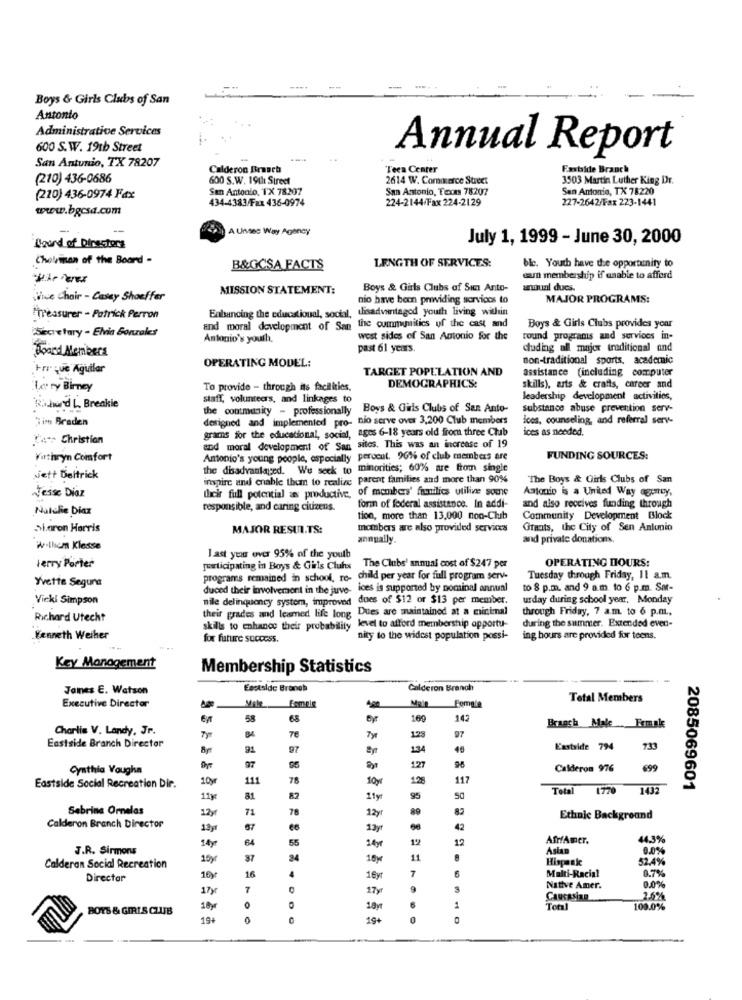
Boys & Girls Clubs of San
Antonto
Administrative Services
600 S.W. 19th Street
Annual Report
San Antonio, TX 78207
Calderon Brauchs
Teen Center
Faxbide Branch
(210) 436-0686
600 S.W. 19th Street
2614 W. Commerce Street
3503 Martin Luther King Dr.
San Antonio, TX 78207
San Antonio, Texas 78207
San Antonio, TX 78220
(220) 436-0974 Fax
434-4383/Fax 436-0974
224-2144/Fax 224-2129
227-2642/Fax 223-1441
www.bgcsa.com
A Unsec Way Agoney
July 1, 1999 - June 30, 2000
Board of Directors
Chelvinen of the Board -
ble. Youth have the opportunity to
B&GCSA FACTS
LENGTH OF SERVICES:
sam membership if unable to afford
MISSION STATEMENT:
Boys & Girls Clubs of Sum Anto-
annual ducs.
Vice Chair - Casay Shoeffer
nio have been providing services to
MAJOR PROGRAMS:
Enhancing the educational, social, disadvantaged youth living within
"Treasurer - Patrick Perron
and moral development of San the communities of the cast and
Boys & Girls Clubs provides your
[Secretary - Elvia Gonzales
Antonio's yourh.
west sides of San Antonio for the
round programs and services in-
Board Members
past 61 years.
cluding all major traditional and
non-traditional sports, academic
Fre que Aguilar
OPERATING MODEL:
TARGET POPULATION AND
assistance (including computer
Le ry Birney
To provide - through its facilities,
DEMOGRAPHICS:
skills), arts & crafts, career and
staff, volunteers, and linkages to
leadership development activities,
Richard L. Breakie
the contmusity - professionally Boys & Girls Clubs of San Anto-
substance abuse prevention serv-
Jim Braden
designed and implemented pro- nio serve over 3,200 Club members
ices, counseling, and referral serv-
grams for the educational, social, ages 6-18 years old from three Club
ices as needed.
54 Christian
and moral development of San sites. This was an increase of 19
Kathryn Comfort
Antonio's young people, especially perocut. 96%% of club members are
FUNDING SOURCES:
the disadvantaged. We seek to minorities; 60% are from single
Nett Deltrick
inspire and enable them to realize parent families and more than 90%
The Boys & Girls Clubs of San
their full potential as productive, of members' families utilive some
Antonio is a United Way agency,
Jesse Diaz
Natalie Diax
responsible, and caring citizens.
form of federal assistance. In addi-
and also receives funding through
tion, more than 13,000 non-Club
Community Development Block
Sharon Harris
MAJOR RESULTS:
members are also provided services
Ofnuts, the City of Sen Antonio
annually.
and private donations.
W·llicm Klesse
Last you over 95% of the youlb
OPERATING HOURS:
terry Porter
[uwticipating in Boys & Girls Cluhs The Clubs' annual cost of $247 per
Yvette Segura
programs remained in school, re- child per year for full program serve
Tuesday through Friday, Il a.m.
duced their involvement in the juve, loes is supported by nominal annual
to 8 p.m. and 9 a.m. to 6 p.m. Sor-
Vicki Simpson
nile delinquency system, improved
dues of $12 or $13 per member.
urday during school year, Monday
their grades and lesmed life long Dues are maintained at a minimal
through Friday, 7 a.m. to 6 p.m.
Richard Utecht
during the summer. Extended even-
skills to enhance their probability
level to afford membership opportu-
Kenneth Weiher
for future success.
nity to the widest population possi-
ing hours are provided for teens.
Key Management
Membership Statistics
James E. Watson
Eastside Branch
Calderon Branch
Total Members
Executive Director
Female
58
68
169
142
Charlie V. Landy, Jr.
97
Eastside Branch Director
Ty
BA
TE
Tyr
123
91
97
134
48
Eastside 794
733
Cynthia Vaughn
$5
127
Calderon 976
699
10y
11
78
10y
117
Eastside Social Recreation Dir.
Total
1770
1432
2085069601
11y
81
95
50
Sebrina Ornelas
12y
71
12y
89
Ethnic Background
Calderon Branch Director
13yr
67
13yr
42
14y
64
55
12
12
AfrfAmer.
44.3%
J.R. Sirmons
14yr
Asian
0.0%
15y
37
84
11
Hispanic
52.4%
Calderan Social Recreation
16
4
7
Multi-Racial
Director
16yr
16yr
0.7%
17yr
7
17yr
9
Native Amer.
0.0%
CAUCASIND
2.6%
BOYS & GIRLS CLUB
10yr
0
18yr
1
Toml
100.0%
19:
0
19+
0